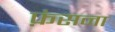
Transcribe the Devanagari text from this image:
फ़ंसना